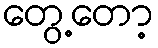
တွေ့တော့